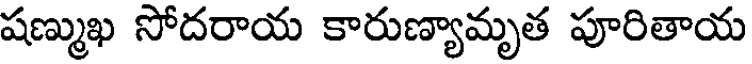
షణ్ముఖ సోదరాయ కారుణ్యామృత పూరితాయ